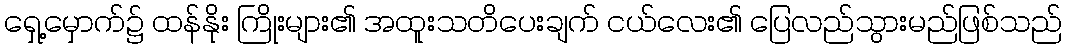
ရှေ့မှောက်၌ ထန်နိုး ကြိုးများ၏ အထူးသတိပေးချက် ငယ်လေး၏ ပြေလည်သွားမည်ဖြစ်သည်